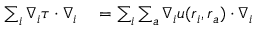
\begin{array} { r l } { \sum _ { i } \boldsymbol { \nabla } _ { i } \tau \cdot \boldsymbol { \nabla } _ { i } } & { { } = \sum _ { i } \sum _ { a } \boldsymbol { \nabla } _ { i } u ( \boldsymbol { r } _ { i } , \boldsymbol { r } _ { a } ) \cdot \boldsymbol { \nabla } _ { i } } \end{array}